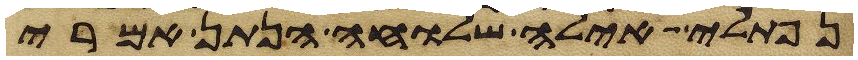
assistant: נפתלי אילה שלוחה הנתן אמרי